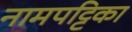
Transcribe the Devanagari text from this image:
नामपट्टिका